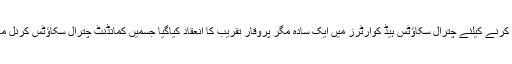
ان شہیدوں کو خراج تحسین پیش کرنے کیلئے چترال سکاؤٹس ہیڈ کوارٹرز میں ایک سادہ مگر پروقار تقریب کا انعقاد کیاگیا جسمیں کمانڈنٹ چترال سکاؤٹس کرنل معین الدین مہمان خصوصی تھے۔